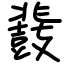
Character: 鼗